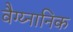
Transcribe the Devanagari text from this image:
वैग्य्नानिक